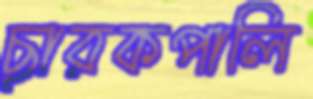
ছারকপালি